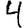
Digit: 4